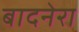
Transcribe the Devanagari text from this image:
बादनेरा